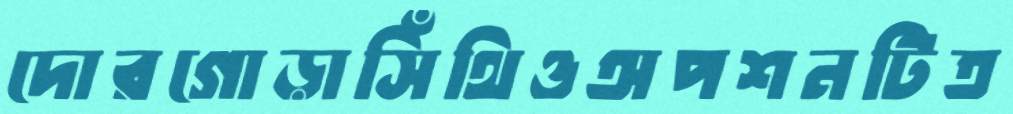
দোরগোড়াসিঁথিওঅপশনটিত